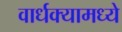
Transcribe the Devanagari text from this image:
वार्धक्यामध्ये